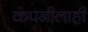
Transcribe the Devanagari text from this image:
कंपनीलाही